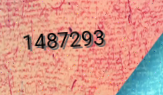
1487293